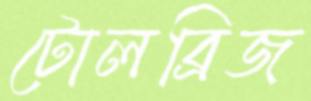
টোলব্রিজ